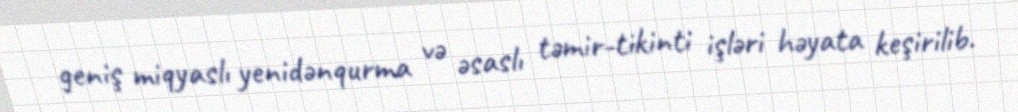
geniş miqyaslı yenidənqurma və əsaslı təmir-tikinti işləri həyata keşirilib.